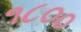
૧૮૦૦